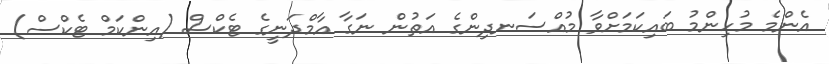
އެންމެ މުހިންމު ބައިކަމަށްވާ މުއްސަނދިންގެ އަތުން ނަގާ އާމްދަނީގެ ޓެކްސް (އިންކަމް ޓެކްސް)